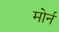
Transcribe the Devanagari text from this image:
मोर्न